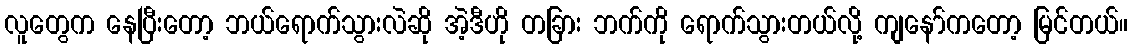
လူတွေက နေပြီးတော့ ဘယ်ရောက်သွားလဲဆို အဲ့ဒီဟို တခြား ဘက်ကို ရောက်သွားတယ်လို့ ကျနော်ကတော့ မြင်တယ်။